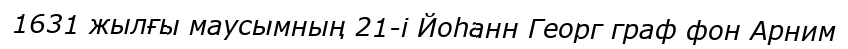
1631 жылғы маусымның 21-і Йоһанн Георг граф фон Арним